Document type: Anniversary endowment
Year: 1486
Scribe: Bartomeu Masons
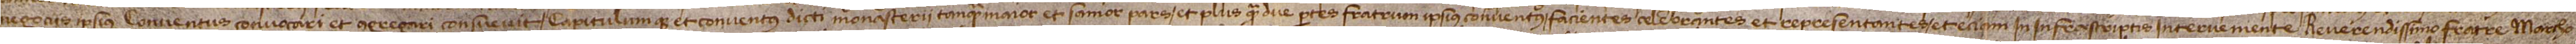
negociis ipsius conventus convocari et congregari consuevit, capitulumque et conventus dicti monasterii tanquam maior et sanior pars, et plusquam due partes fratrum ipsius conventus facientes, celebrantes et representantes, et etiam in infrascriptis interveniente reverendissimo fratre Marcho